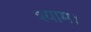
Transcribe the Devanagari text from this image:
श्याम।